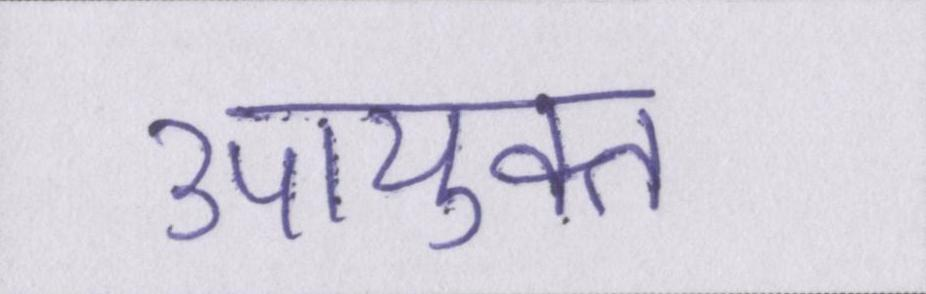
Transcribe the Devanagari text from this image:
उपायुक्त